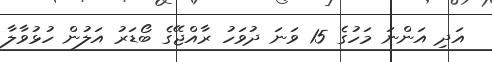
އަދި އަންނަ މަހުގެ 15 ވަނަ ދުވަހު ރާއްޖޭގެ ބޯޑަރު އަލުން ހުޅުވާލާ